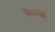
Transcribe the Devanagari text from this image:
सम्स